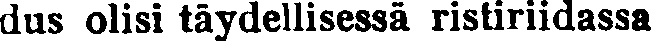
dus olisi täydellisessä ristiriidassa